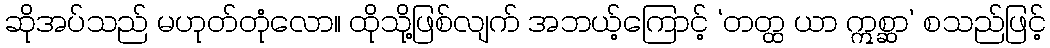
ဆိုအပ်သည် မဟုတ်တုံလော။ ထိုသို့ဖြစ်လျက် အဘယ့်ကြောင့် ‘တတ္ထ ယာ ဣစ္ဆာ’ စသည်ဖြင့်